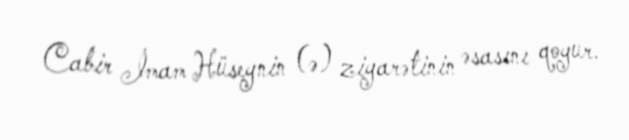
Cabir İmam Hüseynin (ə) ziyarətinin əsasını qoyur.